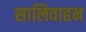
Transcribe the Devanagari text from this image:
सालिवाहन